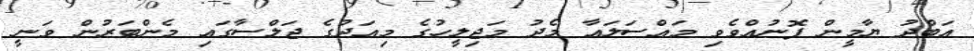
އަބްދު ޔާމީން ފޮނުއްވެވި މައްސަލައާ މެދު މަޖިލީހުގެ މިއަދުގެ ޖަލްސާގައި މެންބަރުން ވަނީ